画像に写った文字を読んでください
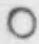
「○」と書いてあります